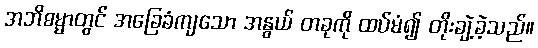
အဘိဓမ္မာတွင် အခြေခံကျသော အနွယ် တခုကို ထပ်မံ၍ တိုးချဲ့ခဲ့သည်။